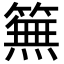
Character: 䉑